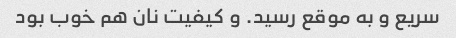
سریع و به موقع رسید. و کیفیت نان هم خوب بود